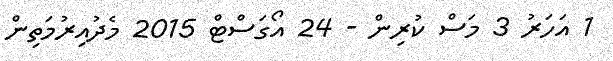
1 އަހަރު 3 މަސް ކުރިން - 24 އޯގަސްޓް 2015 މެދުއިރުމަތިން